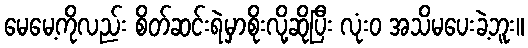
မေမေ့ကိုလည်း စိတ်ဆင်းရဲမှာစိုးလို့ဆိုပြီး လုံးဝ အသိမပေးခဲ့ဘူး။